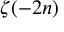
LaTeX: \zeta ( - 2 n )